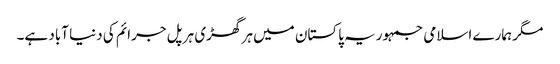
مگر ہمارے اسلامی جمہوریہ پاکستان میں ہر گھڑی ہر پل جرائم کی دنیا آباد ہے۔